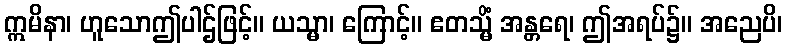
ဣမိနာ၊ ဟူသောဤပါဌ်ဖြင့်။ ယသ္မာ၊ ကြောင့်။ ဧတသ္မိံ အန္တရေ၊ ဤအရပ်၌။ အညေပိ၊